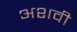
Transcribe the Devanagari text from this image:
अशवी